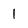
Character: 1